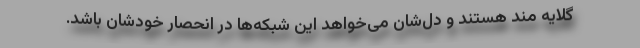
گلایه مند هستند و دل‌شان می‌خواهد این شبکه‌ها در انحصار خودشان باشد.